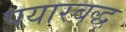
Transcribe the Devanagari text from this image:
पयारबद्ध